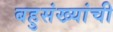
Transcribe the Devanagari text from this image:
बहुसंख्यांची